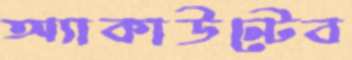
অ্যাকাউন্টেব